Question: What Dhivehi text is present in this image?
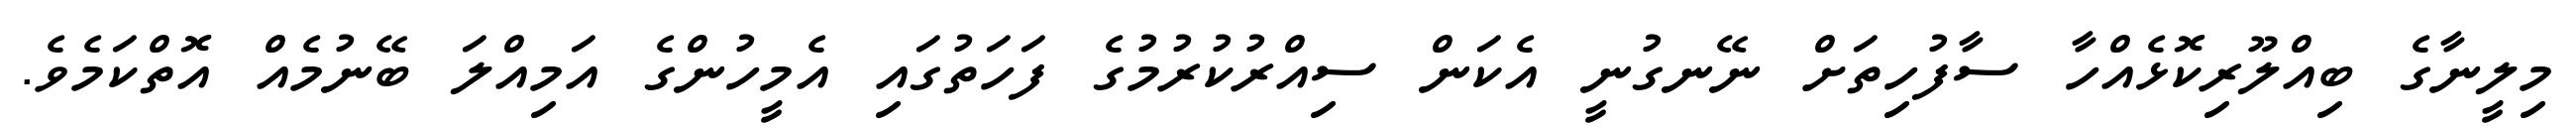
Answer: މިލީނާގެ ބިއްލޫރިކޮޅެއްހާ ސާފުހިތަށް ނޭނގުނީ އެކަން ސިއްރުކުރުމުގެ ފަހަތުގައި އެމީހުންގެ އަމިއްލަ ބޭނުމެއް އޮތްކަމެވެ.